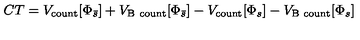
C T = V _ { \mathrm { c o u n t } } [ \Phi _ { \bar { s } } ] + V _ { \mathrm { B \ c o u n t } } [ \Phi _ { \bar { s } } ] - V _ { \mathrm { c o u n t } } [ \Phi _ { s } ] - V _ { \mathrm { B \ c o u n t } } [ \Phi _ { s } ]